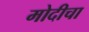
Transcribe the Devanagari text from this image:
मोदीचा